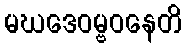
မဃဒေဝမ္ဗဝနေတိ